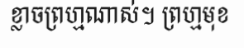
ខ្លាចព្រហ្មណាស់។ ព្រហ្មមុខ